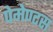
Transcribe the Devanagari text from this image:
पेमेण्टस